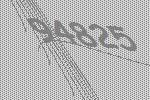
94825